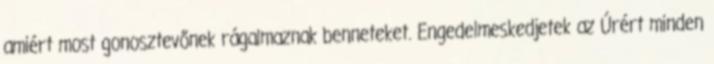
amiért most gonosztevőnek rágalmaznak benneteket. Engedelmeskedjetek az Úrért minden